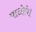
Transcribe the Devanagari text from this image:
पाओगे।